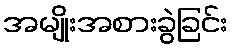
အမျိုးအစားခွဲခြင်း